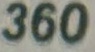
360